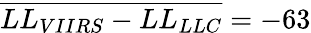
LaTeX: \overline{{LL_{VIIRS}-LL_{LLC}}}=-63